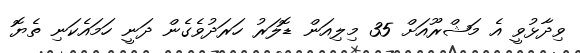
ވިދާޅުވީ އެ މަޝްރޫއަށް 35 މިލިއަން ޑޮލަރު ހަރަދުވެގެން ދަނީ ހަމައެކަނި ތެޔޮ